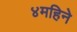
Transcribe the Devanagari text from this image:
४महिने